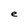
Character: e